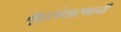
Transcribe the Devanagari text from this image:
मृद्संधारणाची